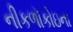
નીકળૉકોઇના